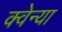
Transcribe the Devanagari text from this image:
क्वेन्या